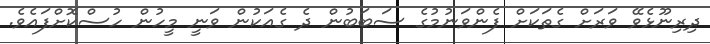
ދިރިނޫޅެވޭ ވަރަށް ގެތަކަށް ފެންވަނުމުގެ ސަބަބުން ދެ ގެއަކުން ވަނީ މީހުން ހުސްކޮށްފައެވެ.